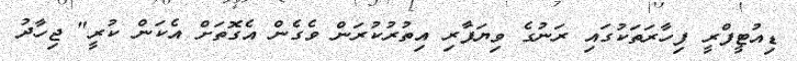
ޑިއުޓީފްރީ ފިހާރަތަކުގައި ރަނުގެ ވިޔަފާރި އިތުރުކުރަން ވެގެން އެގޮތަށް އެކަން ކުރީ" ޖިހާދު